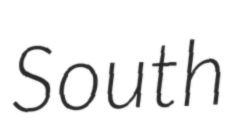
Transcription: South